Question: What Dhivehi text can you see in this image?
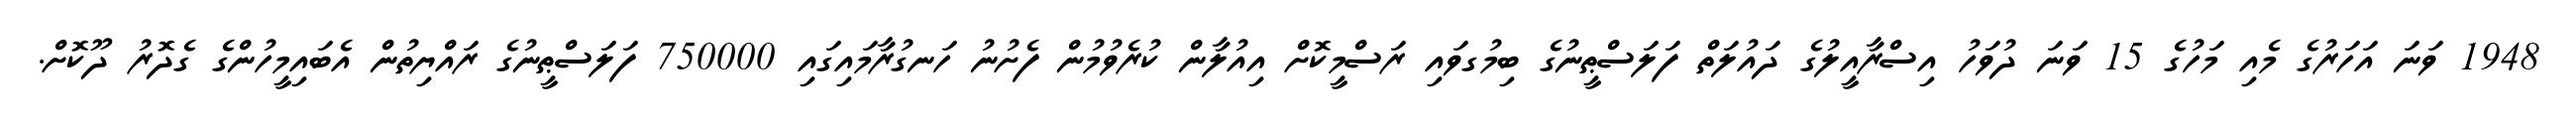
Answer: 1948 ވަނަ އަހަރުގެ މެއި މަހުގެ 15 ވަނަ ދުވަހު އިސްރާއީލުގެ ދައުލަތް ފަލަސްޠީނުގެ ބިމުގވައި ރަސްމީކޮށް އިއުލާން ކުރެވުމުން ފެށުނު ހަނގުރާމައިގައި 750000 ފަލަސްޠީނުގެ ރައްޔިތުން އެބައިމީހުންގެ ގެދޮރު ދޫކޮށް.